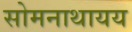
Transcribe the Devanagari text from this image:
सोमनाथायय